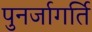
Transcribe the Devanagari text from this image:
पुनर्जागर्ति